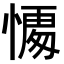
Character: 𭞥